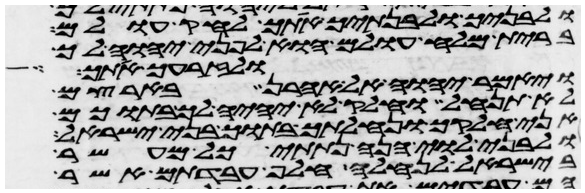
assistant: ולבניך ולבנתיך אתך לחק עולם
ברית מלח עולם הוא לפני יהוה לך
ולזרעך אתך
ויאמר יהוה אל אהרן בארצם
לא תנחל וחלק לא יהיה לך בתוכם
אני חלקך ונחלתך בתוך בני ישראל
ולבני לוי הנה נתתי כל מעשר
בישראל לנחלה חלף עבדתם אשר